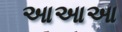
આઆઆ